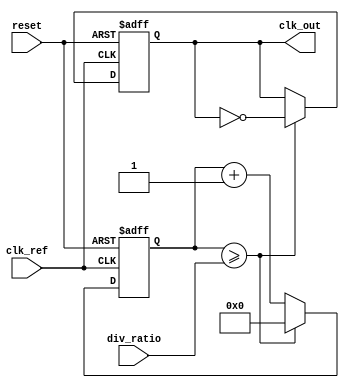
module fractional_PLL (
    input wire clk_ref,          // Reference clock input
    input wire reset,           // Reset signal
    input wire [15:0] div_ratio, // Desired division ratio (fractional)
    output reg clk_out          // Output clock signal
);

// Parameters
parameter N = 16;              // Bit width for division ratio
parameter VCO_MAX_FREQ = 100;  // Max frequency for VCO
parameter VCO_MIN_FREQ = 10;    // Min frequency for VCO

// Internal signals
reg [N-1:0] phase_error;       // Phase error signal
reg [N-1:0] control_voltage;    // Control voltage for VCO
reg [N-1:0] vco_freq;           // VCO frequency
reg [N-1:0] feedback_div;       // Feedback division counter
reg [N-1:0] vco_output;         // VCO output signal
reg [N-1:0] loop_filter;        // Loop filter output

// Phase Detector
always @(posedge clk_ref or posedge reset) begin
    if (reset) begin
        phase_error <= 0;
    end else begin
        // Simple phase comparison logic (for illustration)
        if (vco_output > clk_ref) begin
            phase_error <= phase_error + 1; // Phase lead
        end else begin
            phase_error <= phase_error - 1; // Phase lag
        end
    end
end

// Loop Filter (Simple Integrator)
always @(posedge clk_ref or posedge reset) begin
    if (reset) begin
        loop_filter <= 0;
    end else begin
        loop_filter <= loop_filter + phase_error; // Integrate phase error
    end
end

// Voltage-Controlled Oscillator (VCO)
always @(posedge clk_ref or posedge reset) begin
    if (reset) begin
        vco_freq <= VCO_MIN_FREQ;
    end else begin
        // Control voltage determines VCO frequency
        vco_freq <= VCO_MIN_FREQ + loop_filter[N-1:0] % (VCO_MAX_FREQ - VCO_MIN_FREQ);
    end
end

// Frequency Divider
always @(posedge clk_ref or posedge reset) begin
    if (reset) begin
        feedback_div <= 0;
        clk_out <= 0;
    end else begin
        feedback_div <= feedback_div + 1;
        if (feedback_div >= div_ratio) begin
            feedback_div <= 0;
            clk_out <= ~clk_out; // Toggle output clock
        end
    end
end

// VCO Output Generation
always @(posedge clk_ref or posedge reset) begin
    if (reset) begin
        vco_output <= 0;
    end else begin
        // Generate VCO output based on frequency
        vco_output <= (vco_freq > 0) ? ~vco_output : vco_output; // Simple toggle for illustration
    end
end

endmodule